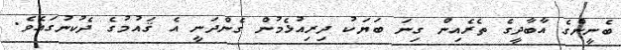
ބެނީންގެ އާބާދީގެ ތެރެއިން ގިނަ ބަޔަކު ދިރިއުޅެމުން ގެންދަނީ އެ ޤައުމުގެ ދެކުނުގައެވެ.